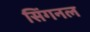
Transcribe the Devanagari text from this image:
सिंगनल